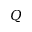
Q